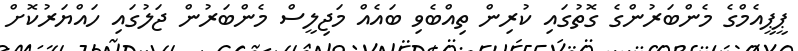
ޕީޕީއެމްގެ މެންބަރުންގެ ގޮތުގައި ކުރިން ތިއްބެވި ބައެއް މަޖިލީސް މެންބަރުން ޖަލުގައި ހައްޔަރުކޮށް